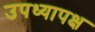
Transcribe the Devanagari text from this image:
उपध्यापक्ष